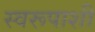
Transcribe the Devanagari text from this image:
स्वरूपाशी